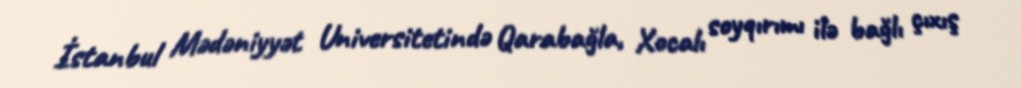
İstanbul Mədəniyyət Universitetində Qarabağla, Xocalı soyqırımı ilə bağlı çıxış